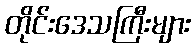
တိုင်းဒေသကြီးများ